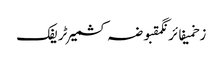
زخمیفائرنگمقبوضہ کشمیرٹریفک